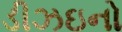
ડીઝઇનો